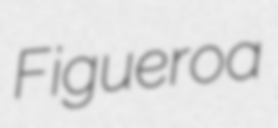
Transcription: Figueroa